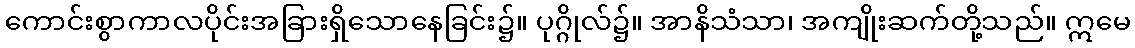
ကောင်းစွာကာလပိုင်းအခြားရှိသောနေခြင်း၌။ ပုဂ္ဂိုလ်၌။ အာနိသံသာ၊ အကျိုးဆက်တို့သည်။ ဣမေ